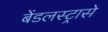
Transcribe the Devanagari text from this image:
बेंडलस्ट्रासे